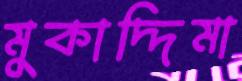
মুকাদ্দিমা